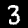
Digit: 3